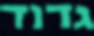
גדוד